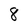
Character: 8